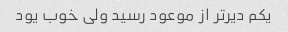
یکم دیر‌تر از موعود رسید ولی خوب یود